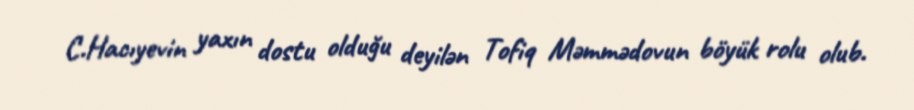
C.Hacıyevin yaxın dostu olduğu deyilən Tofiq Məmmədovun böyük rolu olub.